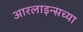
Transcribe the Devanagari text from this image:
आरलाइन्सच्या